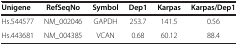
<table><thead><tr><td><b>Unigene</b></td><td><b>RefSeqNo</b></td><td><b>Symbol</b></td><td><b>Dep1</b></td><td><b>Karpas</b></td><td><b>Karpas/Dep1</b></td></tr></thead><tbody><tr><td>Hs.544577</td><td>NM_002046</td><td>GAPDH</td><td>253.7</td><td>141.5</td><td>0.56</td></tr><tr><td>Hs.443681</td><td>NM_004385</td><td>VCAN</td><td>0.68</td><td>60.12</td><td>88.4</td></tr></tbody></table>